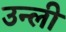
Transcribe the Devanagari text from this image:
उन्ली